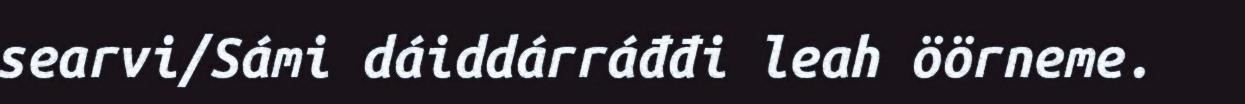
searvi/Sámi dáiddárráđđi leah öörneme.